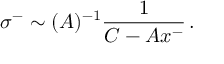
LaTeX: \sigma ^ { - } \sim ( A ) ^ { - 1 } \frac { 1 } { C - A x ^ { - } } \, .